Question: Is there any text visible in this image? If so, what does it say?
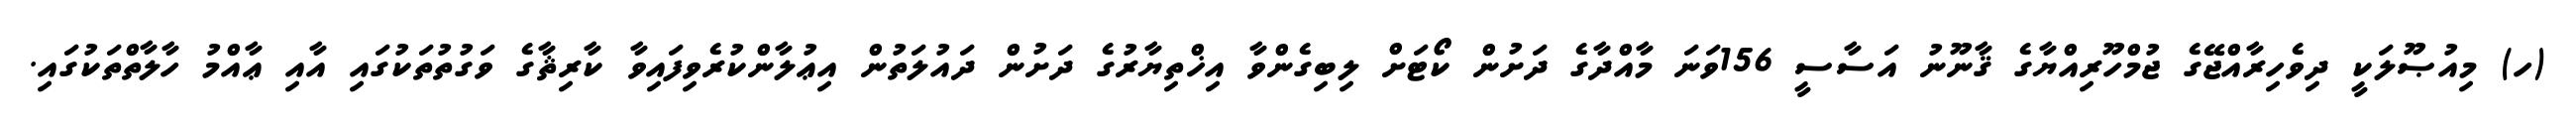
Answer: (ހ) މިއުޞޫލަކީ ދިވެހިރާއްޖޭގެ ޖުމްހޫރިއްޔާގެ ޤާނޫނު އަސާސީ 156ވަނަ މާއްދާގެ ދަށުން ކޯޓަށް ލިބިގެންވާ އިޚްތިޔާރުގެ ދަށުން ދައުލަތުން އިޢުލާންކުރެވިފައިވާ ކާރިޘާގެ ވަގުތުތަކުގައި އާއި ޢާއްމު ހާލާތްތަކުގައި.